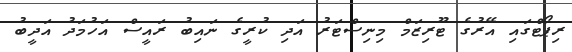
ރިޕޯޓްގައި އޭރުގެ ޓޫރިޒަމް މިނިސްޓަރު އަދި ކުރީގެ ނައިބު ރައީސް އަހުމަދު އަދީބު